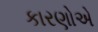
કારણોએ